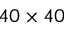
4 0 \times 4 0